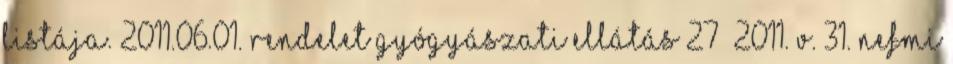
listája. 2011.06.01. Rendelet Gyógyászati ellátás 27 2011. V. 31. NEFMI